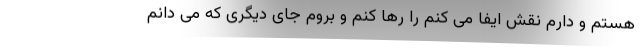
هستم و دارم نقش ایفا می کنم را رها کنم و بروم جای دیگری که می دانم